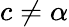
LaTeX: c\neq\alpha